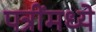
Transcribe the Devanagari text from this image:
पत्रींमध्ये